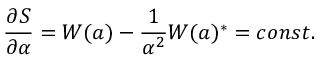
\frac { \partial S } { \partial \alpha } = W ( a ) - \frac { 1 } { \alpha ^ { 2 } } W ( a ) ^ { \ast } = c o n s t .